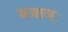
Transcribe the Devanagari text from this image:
बजाजः